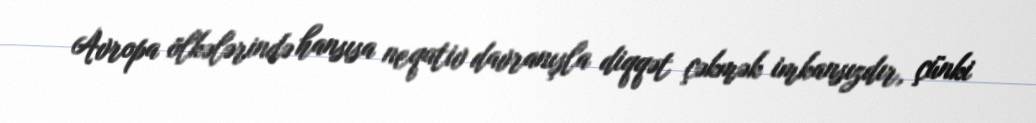
Avropa ölkələrində hansısa neqativ davranışla diqqət çəkmək imkansızdır, çünki